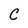
Character: C